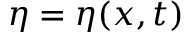
\eta = \eta ( \boldsymbol { x } , t )